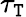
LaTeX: \tau_{\mathtt{T}}